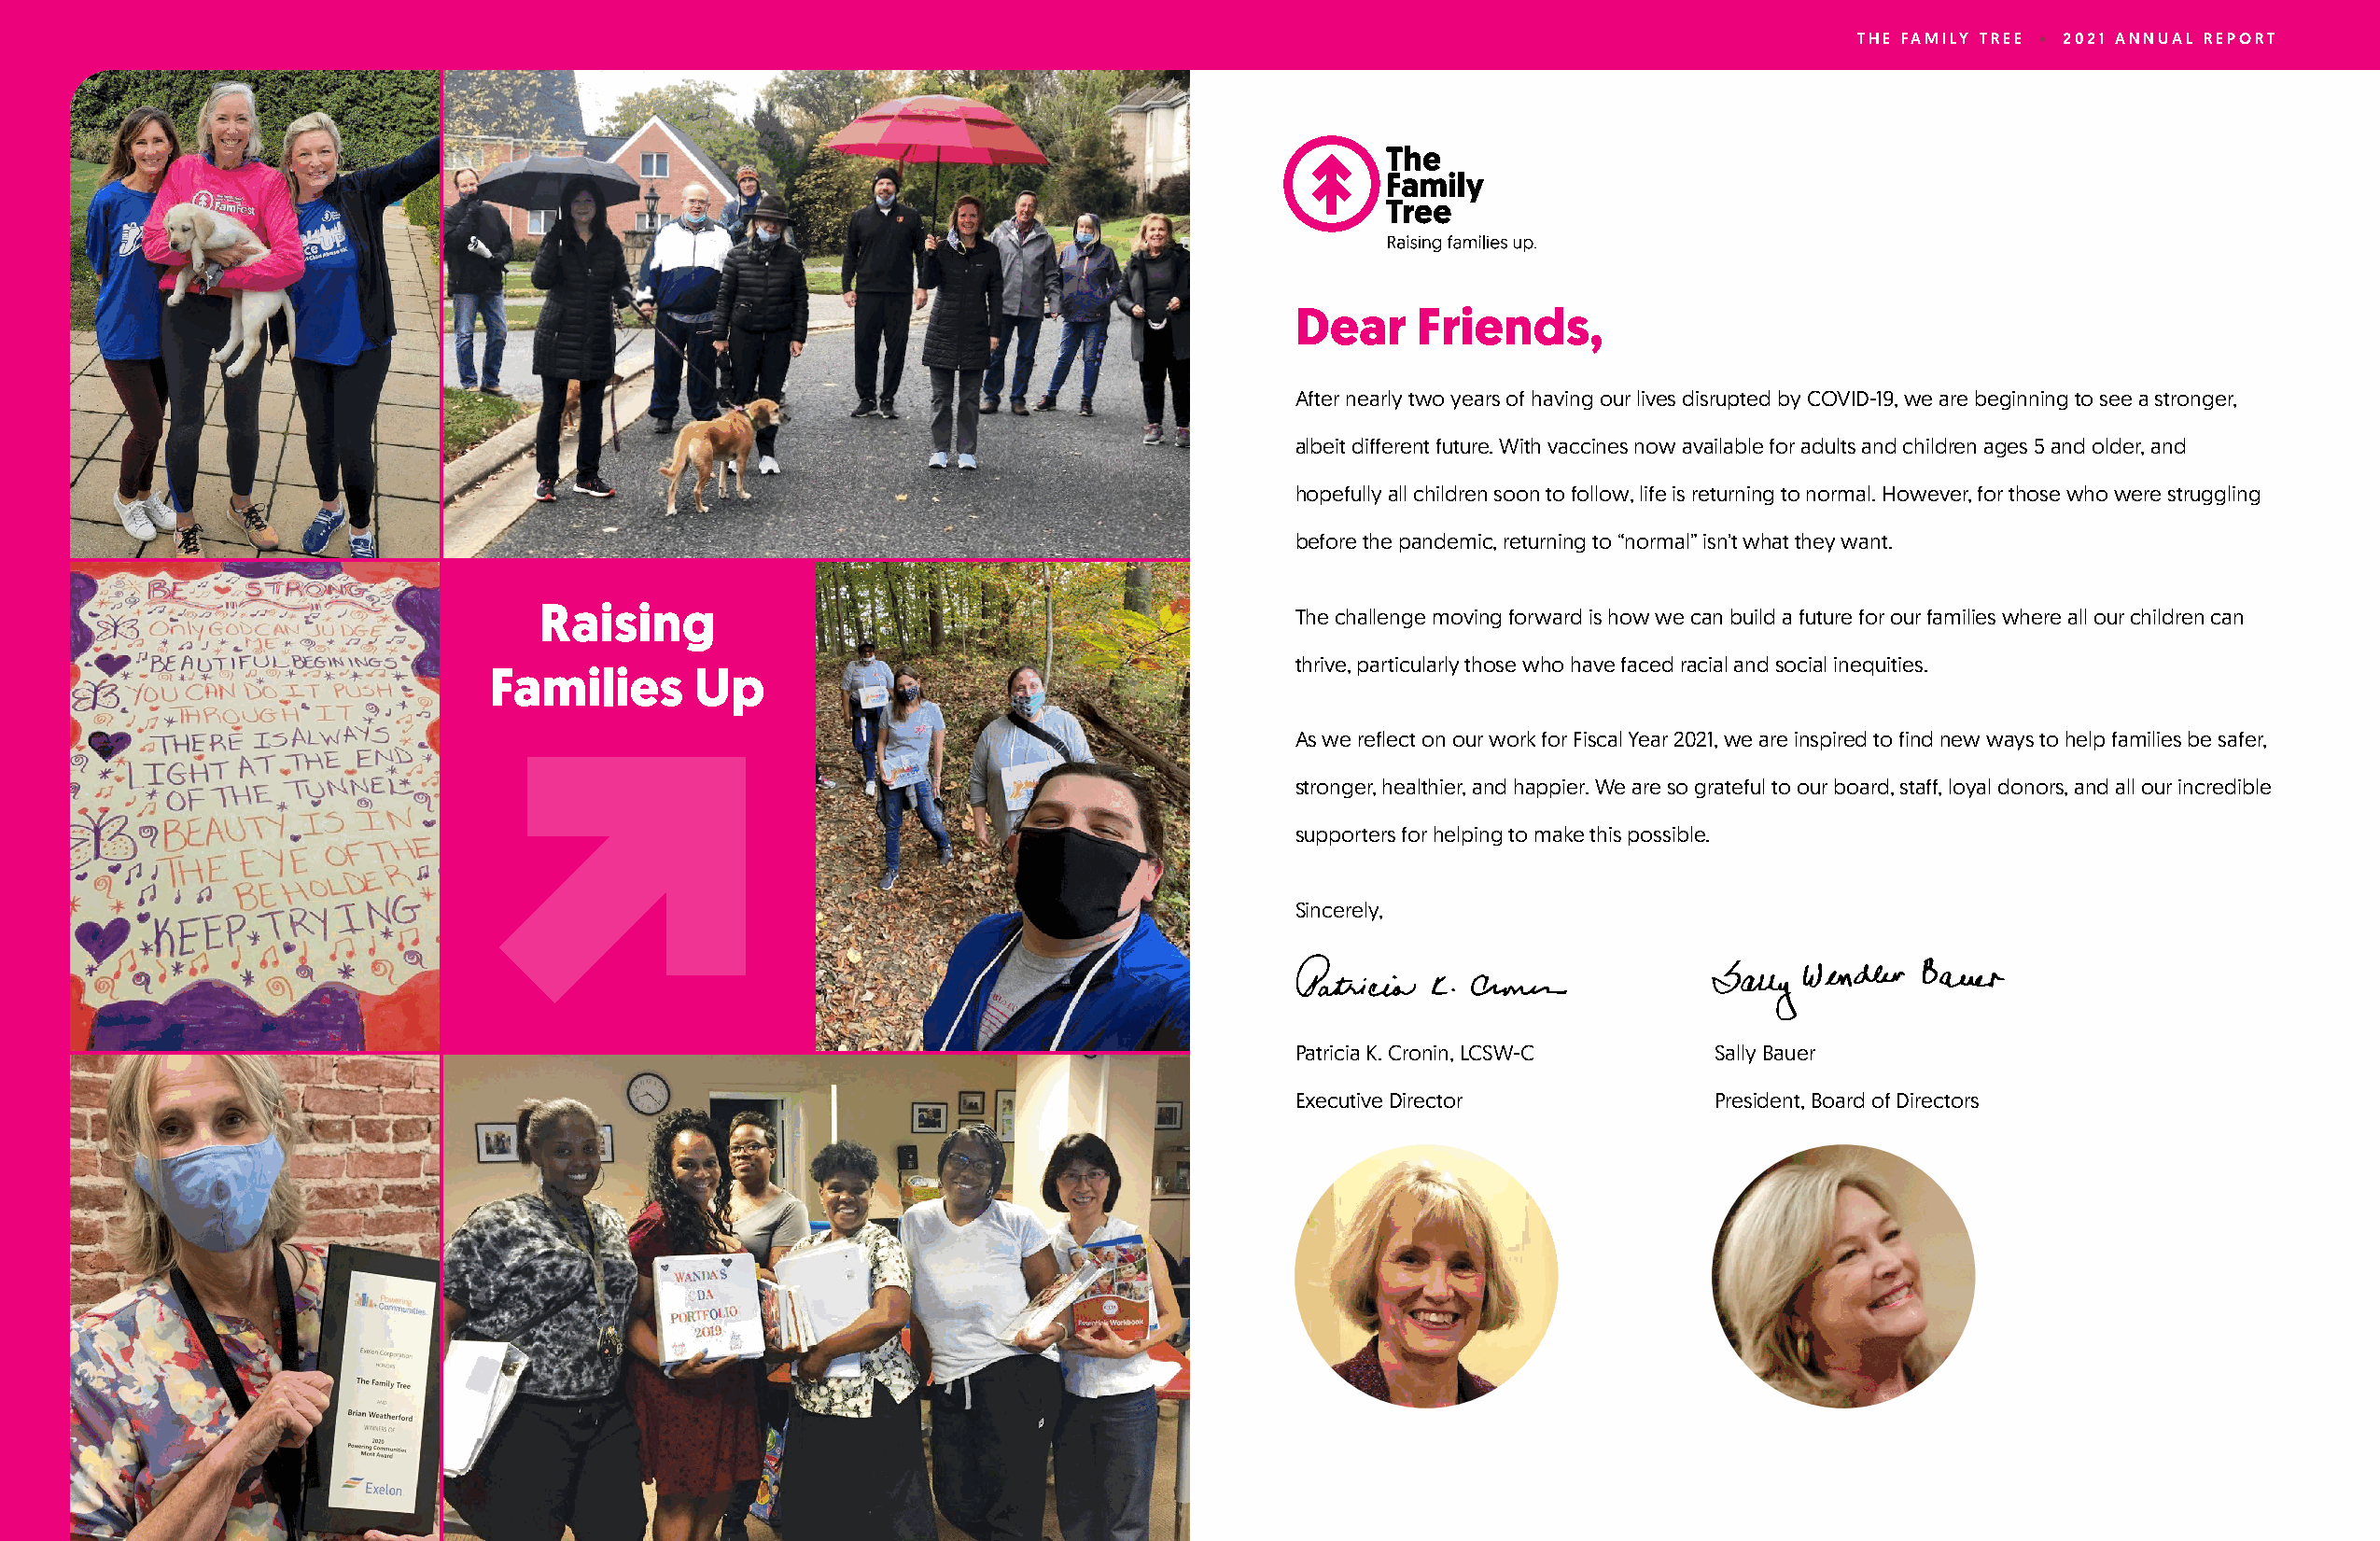
THE FAMILY TREE • 2021 ANNUAL REPORT
 Dear     Friends,
 After nearly two years of having our lives disrupted by COVID-19, we are beginning to see a stronger,
 albeit different future. With vaccines now available for adults and children ages 5 and older, and
 hopefully all children soon to follow, life is returning to normal. However, for those who were struggling
 before the pandemic, returning to “normal” isn’t what they want.
 Raising                                               The challenge moving forward is how we can build a future for our families where all our children can
 thrive, particularly those who have faced racial and social inequities.
 Families      Up
 As we reflect on our work for Fiscal Year 2021, we are inspired to find new ways to help families be safer,
 stronger, healthier, and happier. We are so grateful to our board, staff, loyal donors, and all our incredible
 supporters for helping to make this possible.
 Sincerely,
 Patricia K. Cronin, LCSW-C    Sally Bauer
 Executive Director            President, Board of Directors